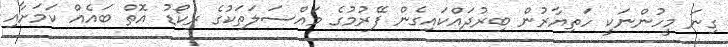
ގިނަ މީހުންނަކީ ހަތިޔާރުން ބިރުދައްކައިގެން ފޭރުމުގެ މައްސަލަތަކުގެ ރިކޯޑު އޮތް ބައެއް ކަމަށާއި